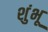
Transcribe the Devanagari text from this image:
शुंभू